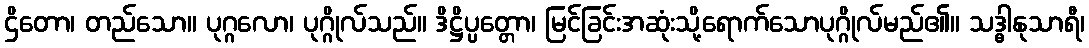
ဌိတော၊ တည်သော။ ပုဂ္ဂလော၊ ပုဂ္ဂိုလ်သည်။ ဒိဋ္ဌိပ္ပတ္တော၊ မြင်ခြင်းအဆုံးသို့ရောက်သောပုဂ္ဂိုလ်မည်၏။ သဒ္ဓါနုသာရီ၊